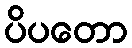
ပိပတော